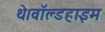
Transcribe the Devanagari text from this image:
थे।वॉल्डहाइम